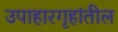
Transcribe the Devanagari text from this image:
उपाहारगृहांतील